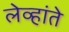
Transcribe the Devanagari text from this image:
लेव्हांते